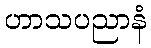
ဟာသပညာနံ